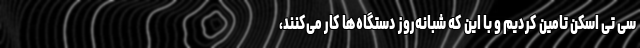
سی تی اسکن تامین کردیم و با این که شبانه‌روز دستگاه‌ها کار می‌کنند،